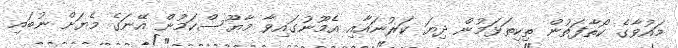
މައުވާގެ ކޯތާފަތުން ތިކިތަޅަމުން ދިޔަ ކަރުނައާއި އެމޫނުގައިވާ މާޔޫސްކަމުން އޭނަގެ މެޔަށް ނުބައި